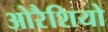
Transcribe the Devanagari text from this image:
ओरैशियो